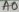
Text: A0